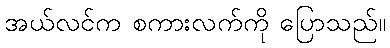
အယ်လင်က စကားလက်ကို ပြောသည်။